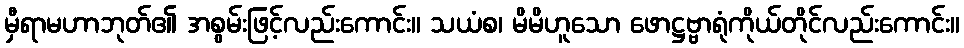
မှီရာမဟာဘုတ်၏ အစွမ်းဖြင့်လည်းကောင်း။ သယံစ၊ မိမိဟူသော ဖောဋ္ဌဗ္ဗာရုံကိုယ်တိုင်လည်းကောင်း။